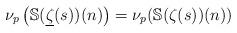
LaTeX: \begin{align*} \nu_p\left(\mathbb{S}(\underline{\zeta}(s))(n)\right) & = \nu_p(\mathbb{S}(\zeta(s))(n)) \end{align*}